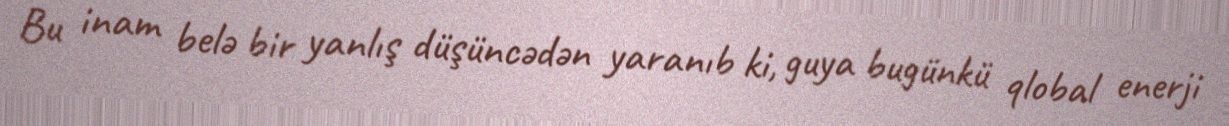
Bu inam belə bir yanlış düşüncədən yaranıb ki, guya bugünkü qlobal enerji